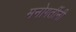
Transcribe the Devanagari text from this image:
मनोगतींनी